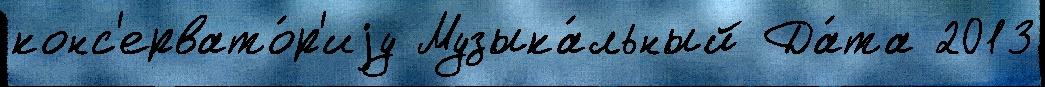
конс'ервато́р'иjу Музыка́льный Да́та 2013